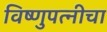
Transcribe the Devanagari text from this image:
विष्णुपत्नीचा